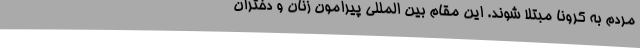
مردم به کرونا مبتلا شوند. این مقام بین المللی پیرامون زنان و دختران